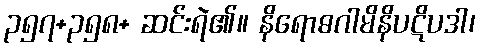
၃၅၇+၃၅၈+ ဆင်းရဲ၏။ နိရောဓဂါမိနိပဋိပဒါ၊